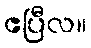
ဧပြီလ။